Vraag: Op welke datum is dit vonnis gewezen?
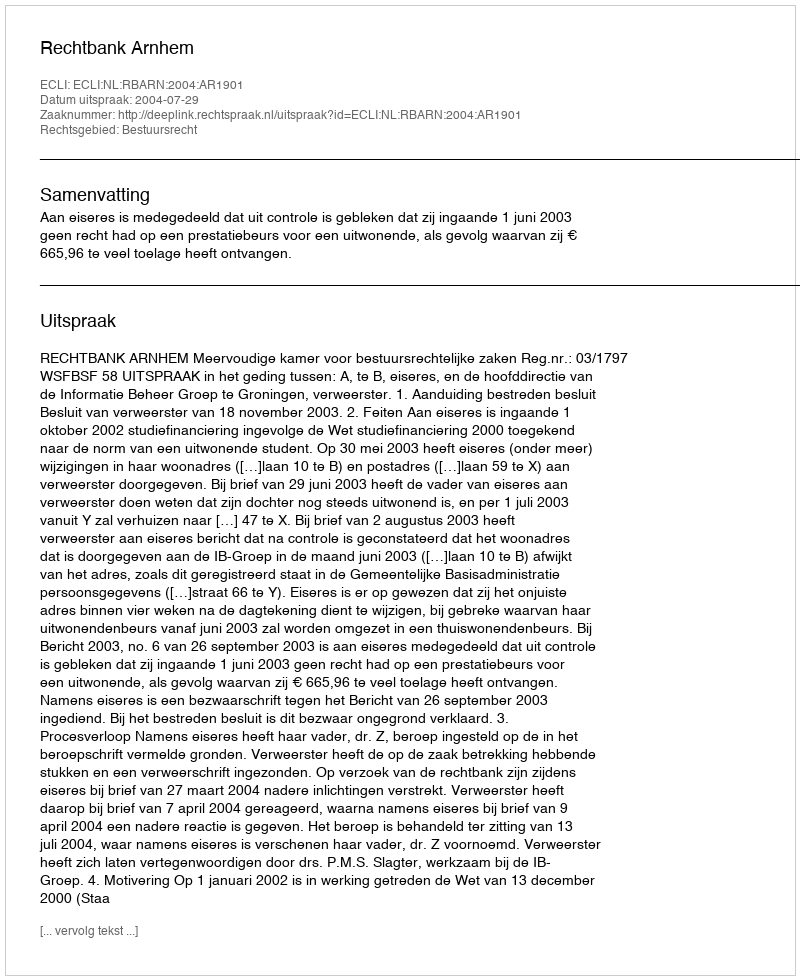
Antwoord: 2004-07-29